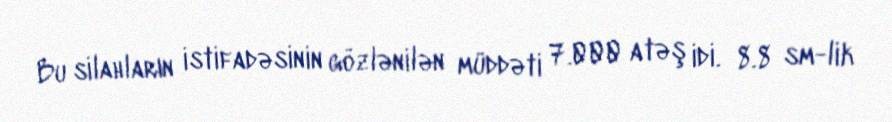
Bu silahların istifadəsinin gözlənilən müddəti 7.000 atəş idi. 8.8 sm-lik